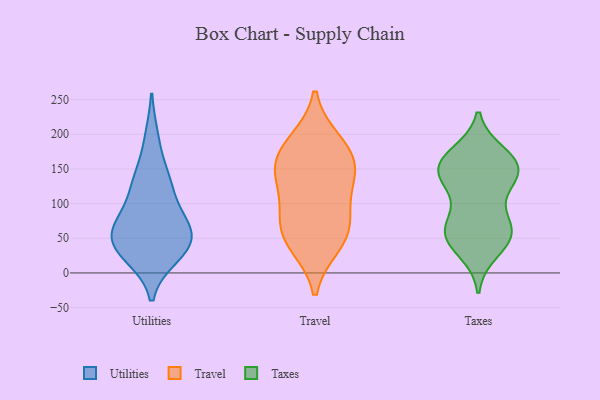
{"axis": {"x": "Revenue (USD Million)", "y": "Value"}, "legend": ["Taxes", "Travel", "Utilities"], "data": [{"x": "", "y": 74, "type": "Utilities"}, {"x": "", "y": 78, "type": "Utilities"}, {"x": "", "y": 69, "type": "Utilities"}, {"x": "", "y": 194, "type": "Utilities"}, {"x": "", "y": 46, "type": "Utilities"}, {"x": "", "y": 25, "type": "Utilities"}, {"x": "", "y": 126, "type": "Utilities"}, {"x": "", "y": 139, "type": "Utilities"}, {"x": "", "y": 28, "type": "Utilities"}, {"x": "", "y": 36, "type": "Utilities"}, {"x": "", "y": 53, "type": "Utilities"}, {"x": "", "y": 124, "type": "Utilities"}, {"x": "", "y": 50, "type": "Utilities"}, {"x": "", "y": 149, "type": "Travel"}, {"x": "", "y": 185, "type": "Travel"}, {"x": "", "y": 190, "type": "Travel"}, {"x": "", "y": 45, "type": "Travel"}, {"x": "", "y": 68, "type": "Travel"}, {"x": "", "y": 157, "type": "Travel"}, {"x": "", "y": 126, "type": "Travel"}, {"x": "", "y": 151, "type": "Travel"}, {"x": "", "y": 71, "type": "Travel"}, {"x": "", "y": 98, "type": "Travel"}, {"x": "", "y": 40, "type": "Travel"}, {"x": "", "y": 117, "type": "Taxes"}, {"x": "", "y": 32, "type": "Taxes"}, {"x": "", "y": 135, "type": "Taxes"}, {"x": "", "y": 141, "type": "Taxes"}, {"x": "", "y": 162, "type": "Taxes"}, {"x": "", "y": 65, "type": "Taxes"}, {"x": "", "y": 171, "type": "Taxes"}, {"x": "", "y": 55, "type": "Taxes"}, {"x": "", "y": 72, "type": "Taxes"}, {"x": "", "y": 49, "type": "Taxes"}, {"x": "", "y": 151, "type": "Taxes"}, {"x": "", "y": 66, "type": "Taxes"}, {"x": "", "y": 162, "type": "Taxes"}, {"x": "", "y": 156, "type": "Taxes"}, {"x": "", "y": 53, "type": "Taxes"}, {"x": "", "y": 142, "type": "Taxes"}]}